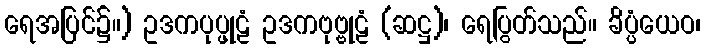
ရေအပြင်၌။) ဥဒကပုပ္ဖုဠံ ဥဒကဗုဗ္ဗုဠံ (ဆဋ္ဌ)၊ ရေပြွတ်သည်။ ခိပ္ပံယေဝ၊